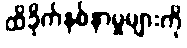
ထိခိုက်နစ်နာမှုများကို